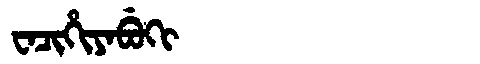
Manchu: ᠸᠠᠴᡳᡥᡳᠶᠠᠪᡠᡴᡳ
Romanization: WACIHIYABUKI